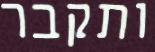
ותקבר